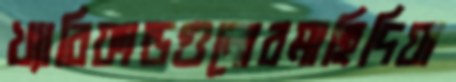
খ্যাবিফান্ডগুলোরমাহিদিয়া